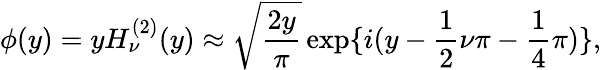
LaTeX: \phi(y)=yH_{\nu}^{(2)}(y)\approx\sqrt{\frac{2y}{\pi}}\exp\lbrace i(y-\frac{1}{2}\nu\pi-\frac{1}{4}\pi)\rbrace,